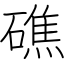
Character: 礁